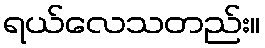
ရယ်လေသတည်း။